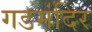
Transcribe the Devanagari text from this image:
गडमंदिर